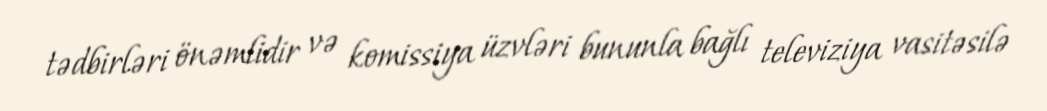
tədbirləri önəmlidir və komissiya üzvləri bununla bağlı televiziya vasitəsilə